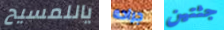
ياللمسيح جراحه جثتين